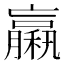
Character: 𥢵